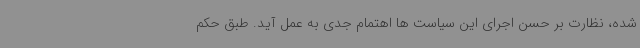
شده، نظارت بر حسن اجرای این سیاست ها اهتمام جدی به عمل آید. طبق حکم